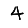
Digit: 4